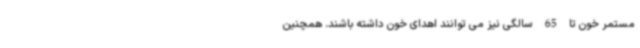
مستمر خون تا 65 سالگی نیز می توانند اهدای خون داشته باشند. همچنین